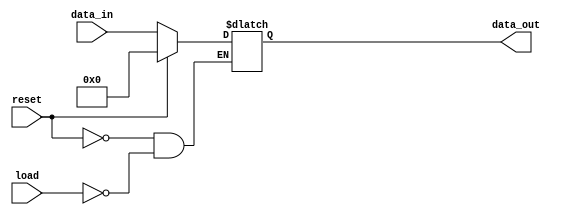
module reg_N_bit (reset, load, data_in, data_out);

parameter N=32;

input reset, load; 
input [N-1:0] data_in;
output reg [N-1:0] data_out;

	always @ (*)
	begin
	if (reset) 
		data_out <= 0;
	else if (load == 1)
		data_out <= data_in;
	end
		
endmodule